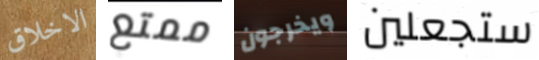
الاخلاق ممتع ويخرجون ستجعلين